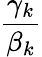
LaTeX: \displaystyle\frac{\gamma_{k}}{\beta_{k}}